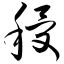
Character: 稷